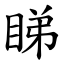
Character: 睇